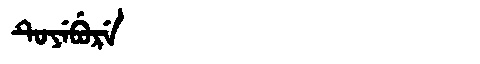
Manchu: ᡨᡠᠶᡝᠪᡠᡵᡝ
Romanization: TUYEBURE